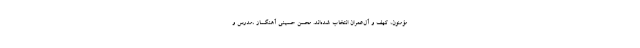
مؤمنون، کهف و آل‌عمران انتخاب شده‌اند. محسن حسینی آهنگساز ،مدرس و